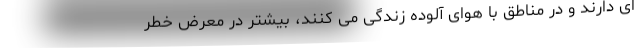
ای دارند و در مناطق با هوای آلوده زندگی می کنند، بیشتر در معرض خطر